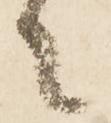
々